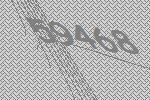
59468